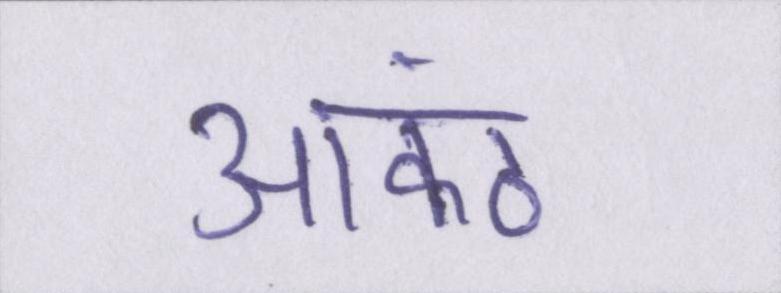
आकंठ